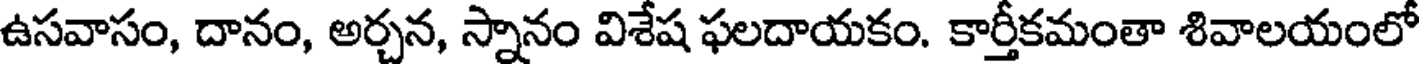
ఉసవాసం, దానం, అర్చన, స్నానం విశేష ఫలదాయకం. కార్తీకమంతా శివాలయంలో